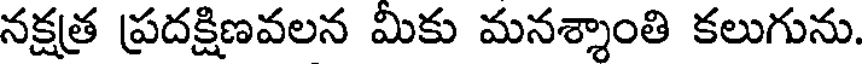
నక్షత్ర ప్రదక్షిణవలన మికు మనశ్శాంతి కలుగును.